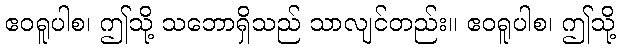
ဧဝရူပါစ၊ ဤသို့ သဘောရှိသည် သာလျင်တည်း။ ဧဝရူပါစ၊ ဤသို့